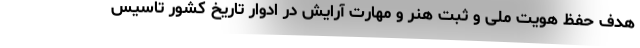
هدف حفظ هویت ملی و ثبت هنر و مهارت آرایش در ادوار تاریخ کشور تاسیس